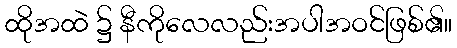
ထိုအထဲ ၌ နီကိုလေလည်းအပါအဝင်ဖြစ်၏။